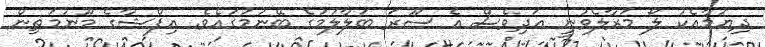
ދިޔުމާއެކު ލޯ މަރާލެވުނީ އަދިވެސް އެ ސޫރަ ބަލާލުމުގެ ބޭނުމުގައެވެ. އިފްޝާގެ މޫނުމަތިން